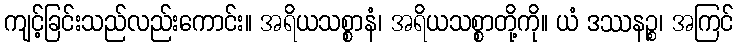
ကျင့်ခြင်းသည်လည်းကောင်း။ အရိယသစ္စာနံ၊ အရိယသစ္စာတို့ကို။ ယံ ဒဿနဉ္စ၊ အကြင်